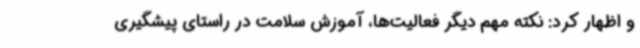
و اظهار کرد: نکته مهم دیگر فعالیت‌ها، آموزش سلامت در راستای پیشگیری